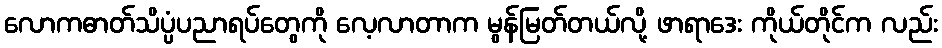
လောကဓာတ်သိပ္ပံပညာရပ်တွေကို လေ့လာတာက မွန်မြတ်တယ်လို့ ဖာရာဒေး ကိုယ်တိုင်က လည်း